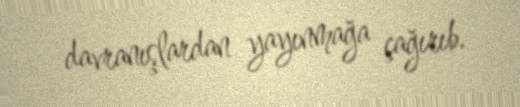
davranışlardan yayınmağa çağırıb.